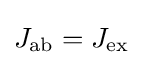
J_{\textrm {ab}}=J_{\textrm {ex}}